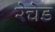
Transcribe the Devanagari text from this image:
रेचेड